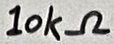
Text: 10kΩ